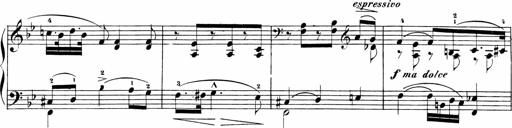
Title: Sonatinen Op.47, 98 und 136, nebst 6 Liedersonatinen
Composer: Carl Reinecke